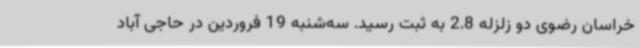
خراسان رضوی دو زلزله 2.8 به ثبت رسید. سه‌شنبه 19 فروردین در حاجی آباد